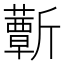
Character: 𣃕